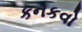
કનકવો